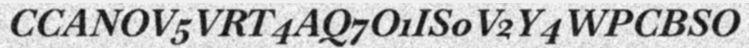
CCANOV5VRT4AQ7O1IS0V2Y4WPCBSO